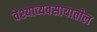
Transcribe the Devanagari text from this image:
वेश्याव्यवसायातील